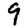
Digit: 9